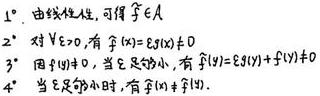
1. 由线性性，可得$\widehat{f}\in A$
2. 对$\forall t\geq0$，有$\widehat{f}(x)=E(f(x))\neq0$
3. 因$f(x)\neq0$，当$t$足够小，有$\widehat{f}(x)=E(f(x))+f(x)\neq0$
4. 当$t$足够小时，$E(f(x))$足够小.